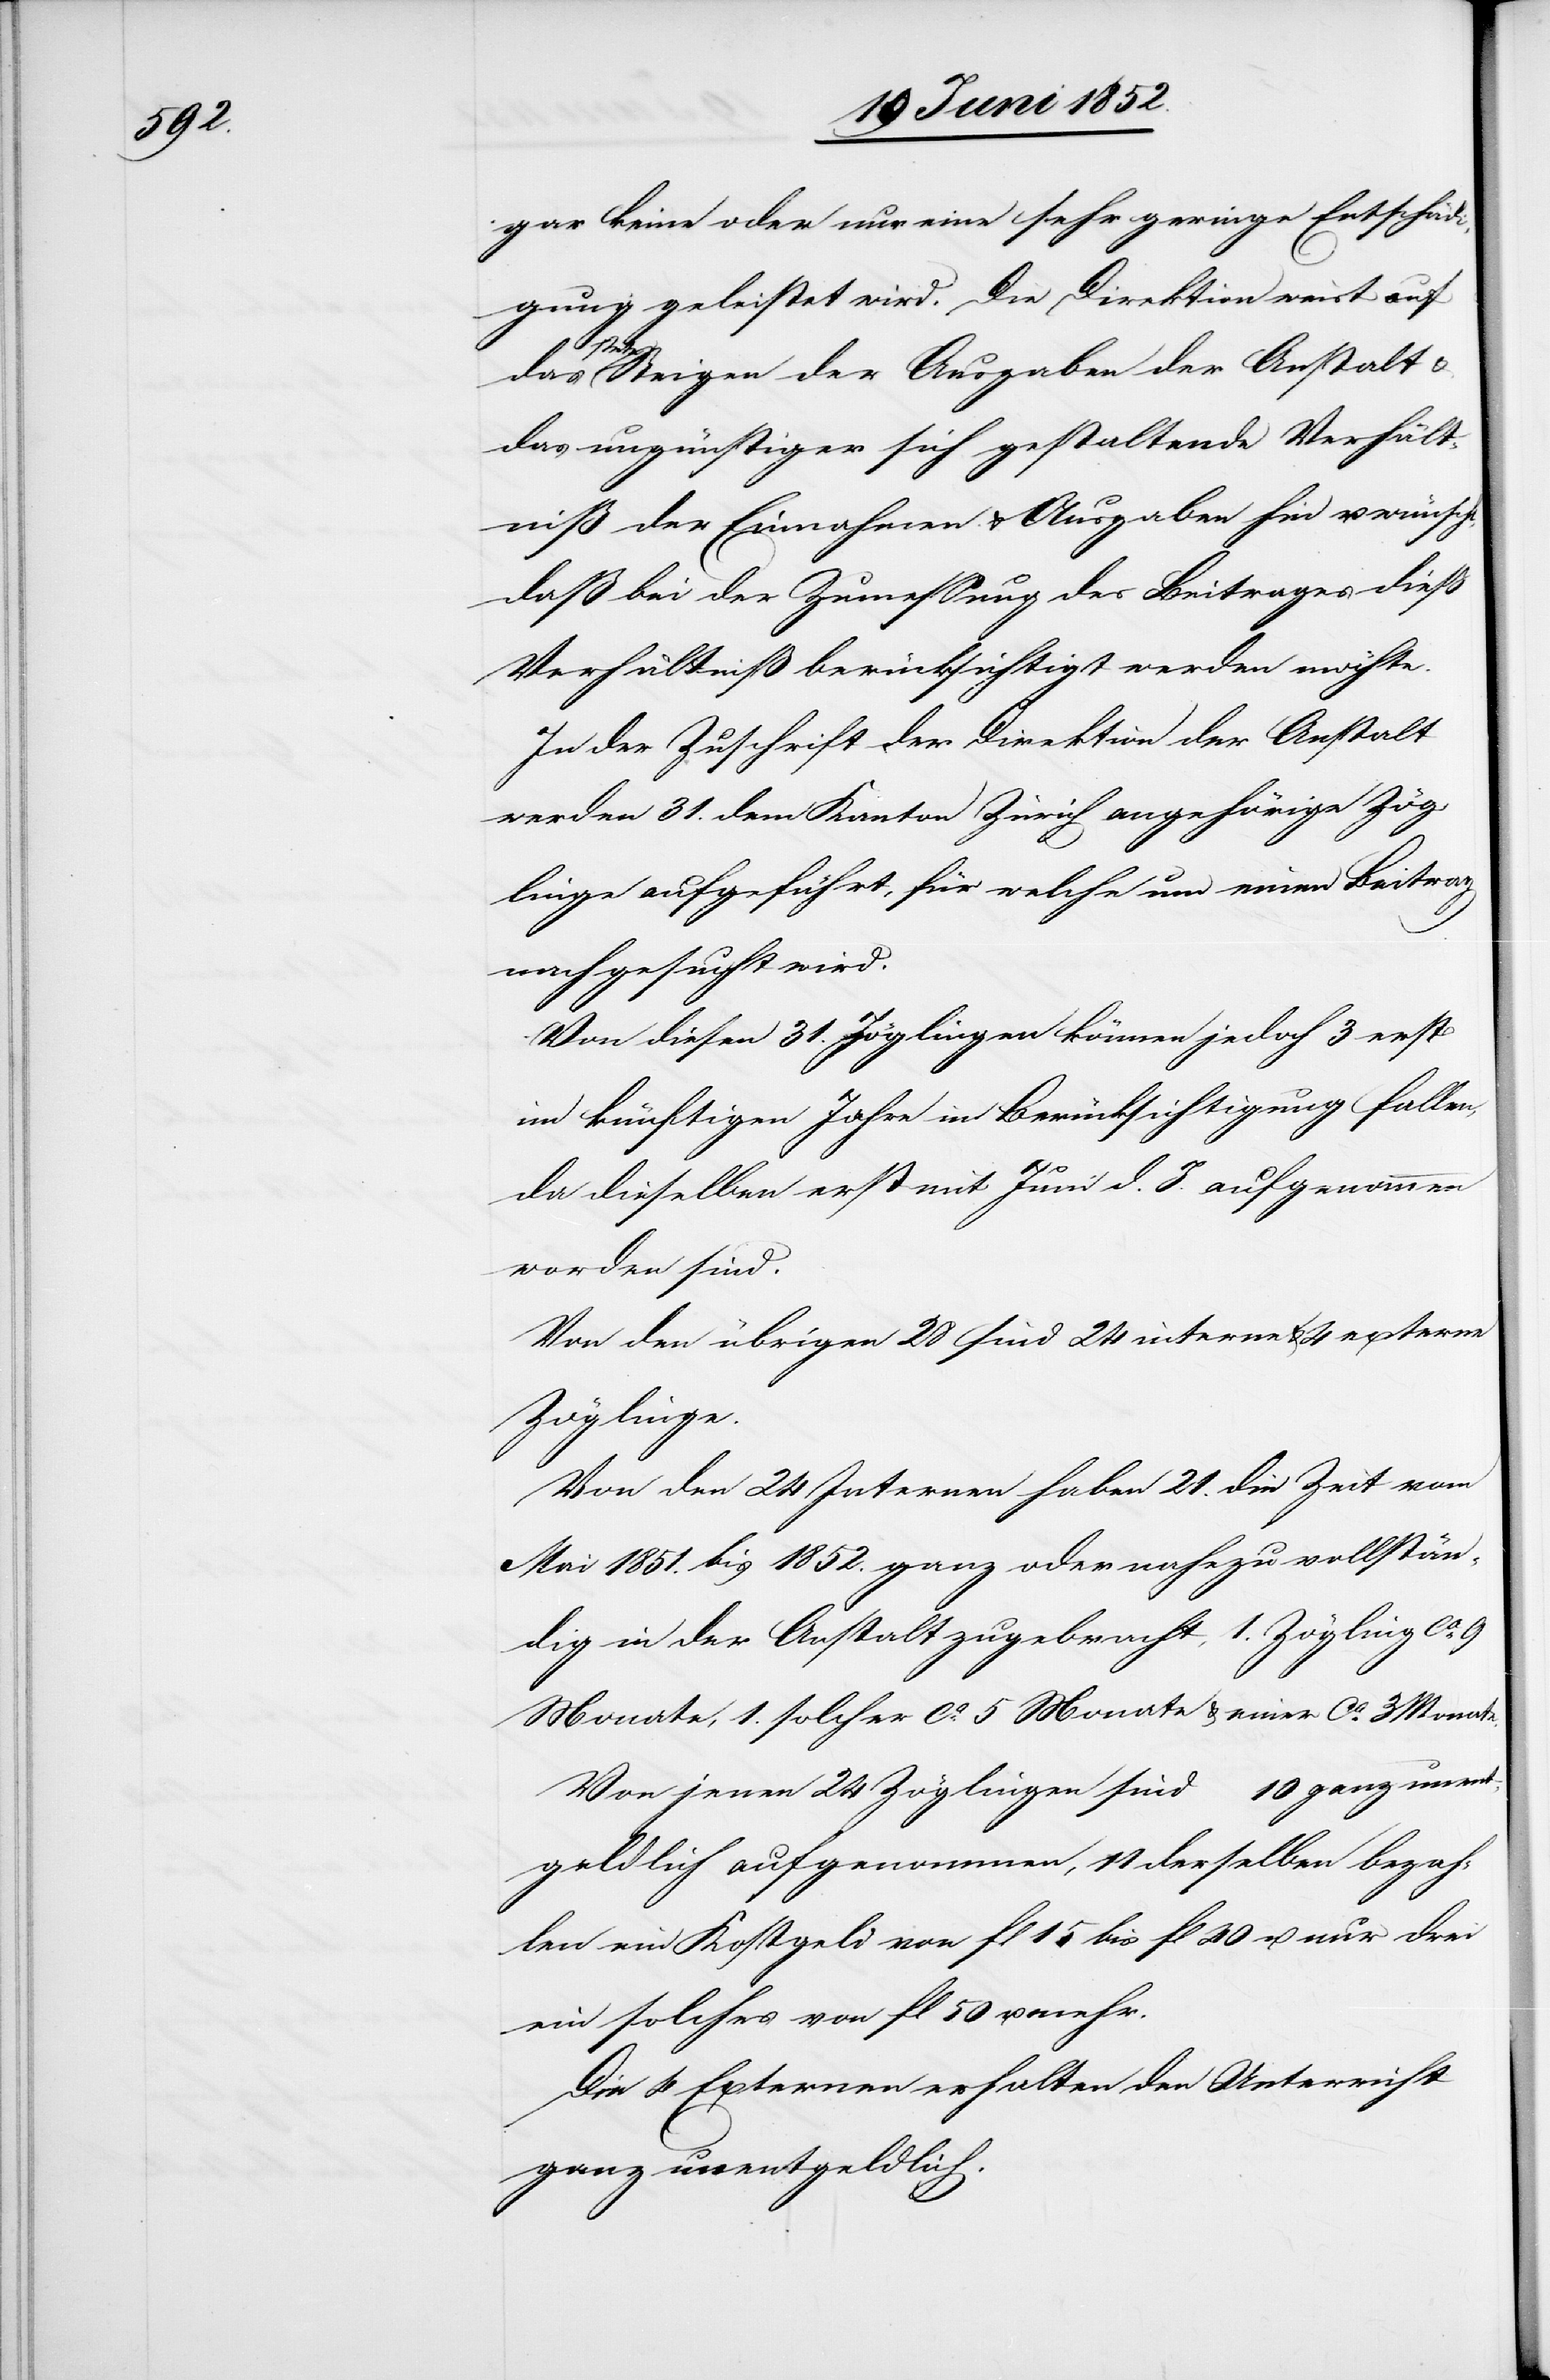
gar keine oder nur eine sehr geringe Entschädi¬
gung geleistet wird. Die Direktion weist auf
stete Steigen der Ausgaben der Anstalt &
das ungünstiger sich gestaltende Verhält¬
niß der Einnahmen & Ausgaben hin u. wünscht,
daß bei der Zumessung des Beitrages dieß
Verhältniß berücksichtigt werden möchte.
In der Zuschrift der Direktion der Anstalt
werden 31. dem Kanton Zürich angehörige Zög¬
linge aufgeführt, für welche um einen Beitrag
nachgesucht wird.
Von diesen 31. Zöglingen können jedoch 3 erst
im künftigen Jahre in Berücksichtigung fallen,
da dieselben erst mit Juni d. J. aufgenommen
worden sind.
Von den übrigen 28 sind 24 interne & 4 externe
Zöglinge.
Von den 24 Internen haben 21. die Zeit vom
Mai 1851. bis 1852. ganz oder nahezu vollstän¬
dig in der Anstalt zugebracht, 1. Zögling ca.
Monate, 1. solcher ca. 5 Monate & einer ca. 3 Monate.
Von jenen 24 Zöglingen sind 10 ganz unent¬
geldlich aufgenommen, 11 derselben bezah¬
len ein Kostgeld von fl 15 bis fl 40 u. nur drei
ein solches von fl 50 u. mehr.
Die 4 Externen erhalten den Unterricht
ganz unentgeldlich.